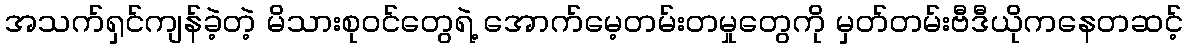
အသက်ရှင်ကျန်ခဲ့တဲ့ မိသားစုဝင်တွေရဲ့ အောက်မေ့တမ်းတမှုတွေကို မှတ်တမ်းဗီဒီယိုကနေတဆင့်